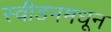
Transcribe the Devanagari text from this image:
स्वीडनमधून